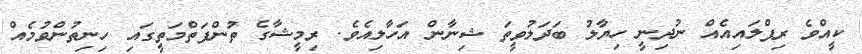
ކީއްވެ ރިޕްލައިއެއް ނުދިނީ ހިޔާލު ބަދަލުވީތަ ޝިނާން އަހާލިއެވެ. ރިމީޝާގެ ތުންފަތްމަތީގައި ހިނިތުންވުމެއް